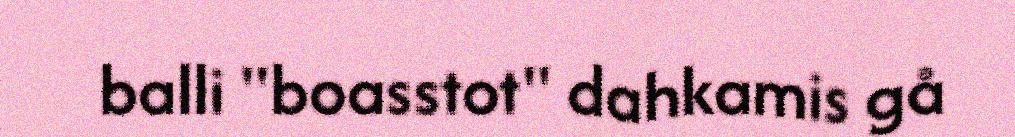
balli "boasstot" dahkamis gå